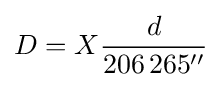
D=X{\frac {d}{206\,265{''}}}